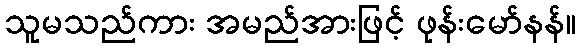
သူမသည်ကား အမည်အားဖြင့် ဖုန်းမော်နန်။